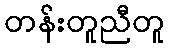
တန်းတူညီတူ